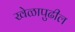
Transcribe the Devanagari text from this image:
खेळापुढील